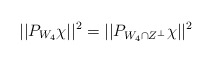
\begin{align*}||P_{W_4}\chi||^2=||P_{W_4\cap Z^{\perp}}\chi||^2\end{align*}